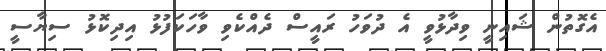
އެގޮތުން ޝައިނީ ވިދާޅުވީ އެ ދުވަހު ރައީސް ދެއްކެވި ވާހަކަފުޅު އިދިކޮޅު ސިޔާސީ